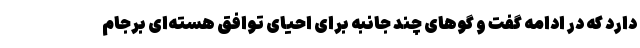
دارد که در ادامه گفت و گوهای چند جانبه برای احیای توافق هسته‌ای برجام